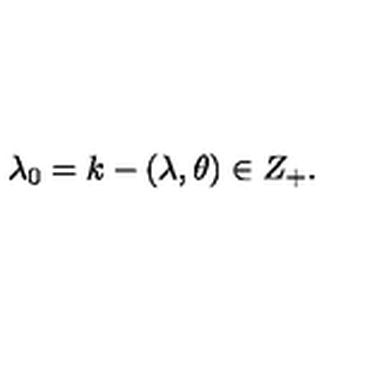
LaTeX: \lambda _ { 0 } = k - ( \lambda , \theta ) \in Z _ { + } .